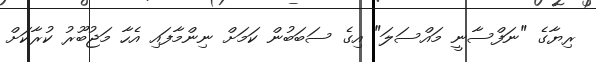
ރިޔާގެ "ނަފްސާނީ މައްސަލަ" އިގެ ސަބަބުން ކަމަށް ނިންމާފައި އެހާ މަޖުބޫރު ކުރާކަށް